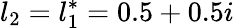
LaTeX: l_{2}=l_{1}^{*}=0.5+0.5i